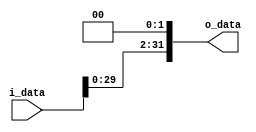
module shiftReg(i_data, o_data);

    parameter WIDTH = 32;

    input   [WIDTH-1:0]   i_data;
    output reg [WIDTH-1:0]   o_data;

    always @(i_data) begin
        o_data <= {i_data[WIDTH-3:0], 2'b0};
    end

endmodule